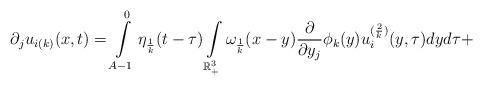
LaTeX: \begin{align*}\partial_{j}u_{i(k)}(x,t)= \int\limits_{A-1}^{0}\eta_{\frac{1}{k}}(t-\tau)\int\limits_{\mathbb{R}^{3}_{+}}\omega_ {\frac{1}{k}}(x-y)\frac{\partial}{\partial y_{j}}\phi_{k}(y)u^{(\frac{2}{k})}_{i}(y,\tau)dyd\tau+\end{align*}